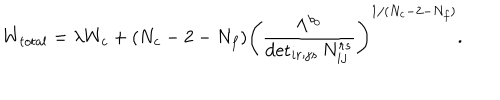
LaTeX: W _ { t o t a l } = \lambda W _ { c } + ( { N _ { c } - 2 - N _ { f } } ) \left( \frac { \Lambda ^ { b _ { 0 } } } { \det _ { i r ; j s } N _ { i j } ^ { r s } } \right) ^ { 1 / ( N _ { c } - 2 - N _ { f } ) } .